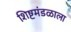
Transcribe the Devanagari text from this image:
शिष्टमंडळाला